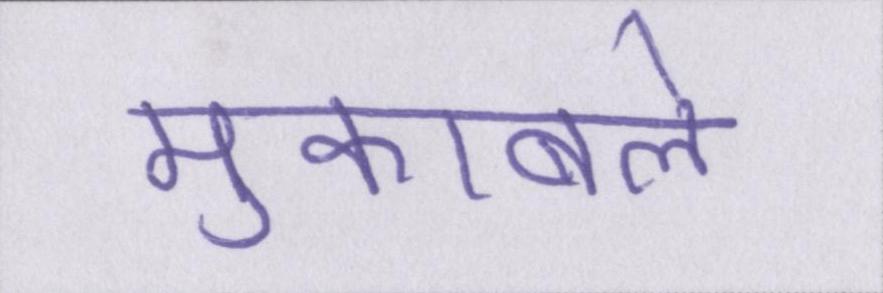
मुकाबले